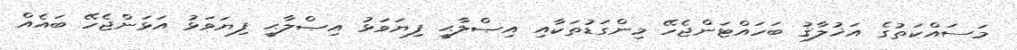
މަސައްކަތުގެ އަޚުލާޤު ބަހައްޓަންޖެހޭ މިންގަޑުތަކާއި އިޞްލާޙީ ފިޔަވަޅު އިޞްލާޙީ ފިޔަވަޅު އަޅަންޖެހޭ ބައެއް